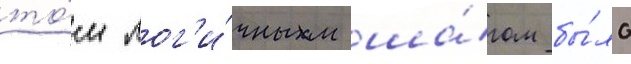
то́м лог'и́чным ша́гом бы́ло